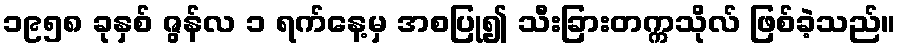
၁၉၅၈ ခုနှစ် ဇွန်လ ၁ ရက်နေ့မှ အစပြု၍ သီးခြားတက္ကသိုလ် ဖြစ်ခဲ့သည်။